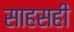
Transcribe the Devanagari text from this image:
साहसही